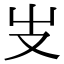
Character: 𠬢